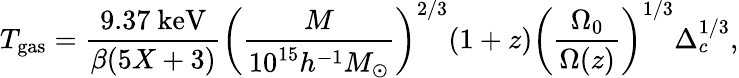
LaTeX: T_{\mathrm{gas}}=\frac{9.37\ \mathrm{keV}}{\beta(5X+3)}\left(\frac{M}{10^{15}h^{-1}M_{\odot}}\right)^{2/3}(1+z)\left(\frac{\Omega_{0}}{\Omega(z)}\right)^{1/3}\Delta_{c}^{1/3},